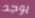
يوجد